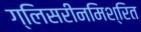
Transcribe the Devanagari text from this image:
ग्लिसरीनमिश्रित